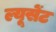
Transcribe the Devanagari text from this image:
ल्यूसेंट